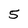
Character: 5